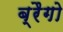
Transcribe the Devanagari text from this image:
ब्रैगो